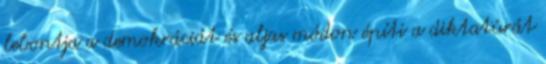
lebontja a demokráciát és aljas módon építi a diktatúrát